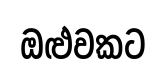
ඔළුවකට